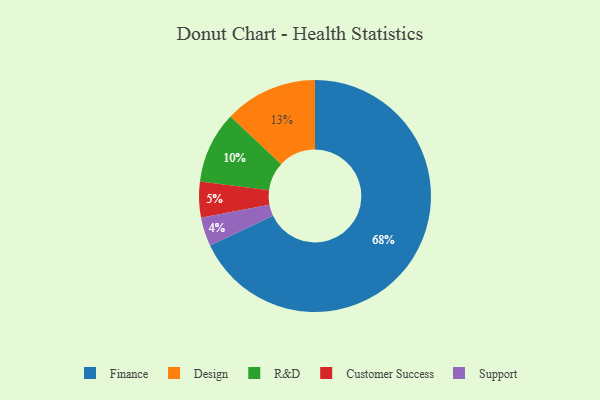
{"axis": {"x": "Category", "y": "Percentage"}, "legend": ["Customer Success", "Design", "Finance", "R&D", "Support"], "data": [{"x": "Support", "y": 4, "type": "Support"}, {"x": "Customer Success", "y": 5, "type": "Customer Success"}, {"x": "R&D", "y": 10, "type": "R&D"}, {"x": "Finance", "y": 68, "type": "Finance"}, {"x": "Design", "y": 13, "type": "Design"}]}